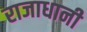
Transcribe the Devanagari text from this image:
राजाधानी